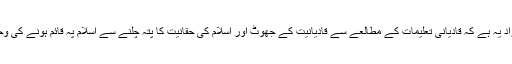
عاقبت سنور جائے گی سے مراد یہ ہے کہ قادیانی تعلیمات کے مطالعے سے قادیانیت کے جھوٹ اور اسلام کی حقانیت کا پتہ چلنے سے اسلام پہ قائم ہونے کی وجہ سے عاقبت سنور جائے گی۔